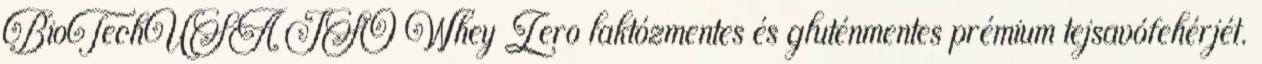
BioTechUSA ISO Whey Zero laktózmentes és gluténmentes prémium tejsavófehérjét.